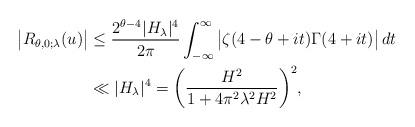
LaTeX: \begin{align*}\big|R_{\theta,0;\lambda}(u)\big|&\le\frac{2^{\theta-4}|H_\lambda|^4}{2\pi}\int_{-\infty}^\infty\big|\zeta(4-\theta+it)\Gamma(4+it)\big|\,dt\\&\ll |H_\lambda|^4=\bigg(\frac{H^2}{1+4\pi^2\lambda^2H^2}\bigg)^2,\end{align*}